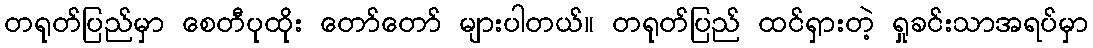
တရုတ်ပြည်မှာ စေတီပုထိုး တော်တော် များပါတယ်။ တရုတ်ပြည် ထင်ရှားတဲ့ ရှုခင်းသာအရပ်မှာ